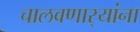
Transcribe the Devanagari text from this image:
चालवणार्‍यांना